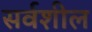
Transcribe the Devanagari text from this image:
सर्वशील